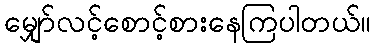
မျှော်လင့်စောင့်စားနေကြပါတယ်။